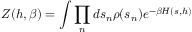
Z ( h , \beta ) = \int \prod _ { n } d s _ { n } \rho ( s _ { n } ) e ^ { - \beta H ( s , h ) }